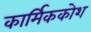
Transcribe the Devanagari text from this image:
कार्मिककोश